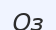
Оз